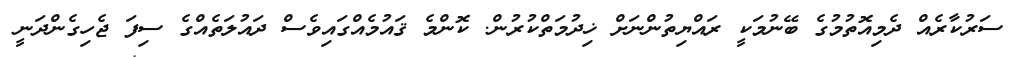
ސަރުކާރެއް ދެމިއޮތުމުގެ ބޭނުމަކީ ރައްޔިތުންނަށް ޚިދުމަތްކުރުން. ކޮންމެ ޤައުމެއްގައިވެސް ދައުލަތެއްގެ ސިފަ ޖެހިގެންދަނީ